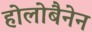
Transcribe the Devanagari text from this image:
होलोबैनेन